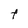
Character: t